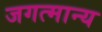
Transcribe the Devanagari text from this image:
जगत्मान्य